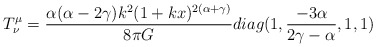
\begin{align*}T^{\mu}_{\nu}=\frac{\alpha(\alpha-2\gamma) k^{2}(1+kx)^{2(\alpha+\gamma)}}{8\pi G}diag(1,\frac{-3\alpha}{2\gamma-\alpha},1,1)\end{align*}